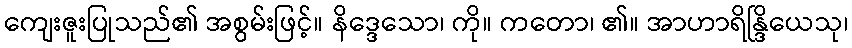
ကျေးဇူးပြုသည်၏ အစွမ်းဖြင့်။ နိဒ္ဒေသော၊ ကို။ ကတော၊ ၏။ အာဟာရိန္ဒြိယေသု၊